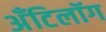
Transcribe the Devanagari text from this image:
अँटिलॉग